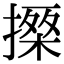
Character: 𢳗